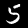
Label: 5